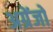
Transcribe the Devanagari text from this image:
अग्रेंजो